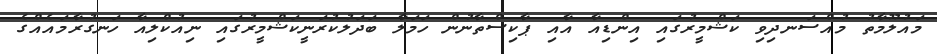
މައުލޫމާތު މުއްސަނދިވި ކަޝްމީރުގައި އިންޑިއާ އާއި ޕާކިސްތާނުން ހަމަލާ ބަދަލުކުރަނީކަޝްމީރުގައި ނިއުކްލިއާ ހަނގުރާމައެއްގެ